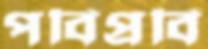
পবিপ্রবি